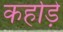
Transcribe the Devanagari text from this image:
कर्हाड़े